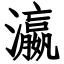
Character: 瀛